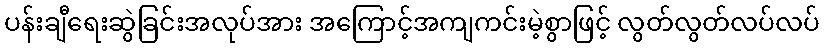
ပန်းချီရေးဆွဲခြင်းအလုပ်အား အကြောင့်အကျကင်းမဲ့စွာဖြင့် လွတ်လွတ်လပ်လပ်